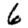
Digit: 6